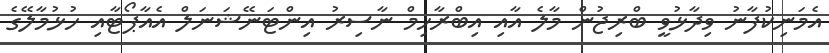
އެމަނިކުފާނު ވިދާޅުވީ ބްރިޖުން މާލެ އާއި އިބްރާހިމް ނާސިރު އިންޓަނޭޝަނަލް އެއާޕޯޓާއި ހުޅުމާލޭގެ